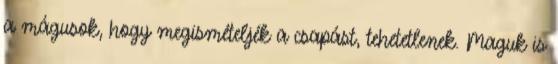
a mágusok, hogy megismételjék a csapást, tehetetlenek. Maguk is